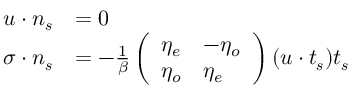
\begin{array} { r l } { \boldsymbol { u } \cdot \boldsymbol { n _ { s } } } & { = 0 } \\ { \boldsymbol { \sigma \cdot n _ { s } } } & { = - \frac { 1 } { \beta } \left( \begin{array} { l l } { \eta _ { e } } & { - \eta _ { o } } \\ { \eta _ { o } } & { \eta _ { e } } \end{array} \right) ( \boldsymbol { u } \cdot \boldsymbol { t _ { s } } ) \boldsymbol { t _ { s } } } \end{array}